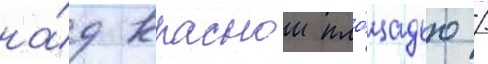
на́д краснои пло́щадью /